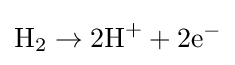
\mathrm {H} _{2}\rightarrow \mathrm {2H} ^{+}+\mathrm {2e} ^{-}